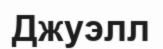
Джуэлл